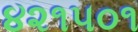
૪૨૧૫૦૧